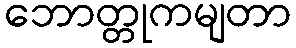
ဘောတ္တုကမျတာ